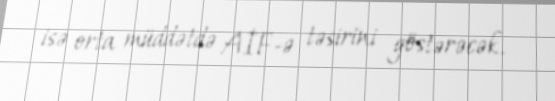
isə orta müddətdə AİF-ə təsirini göstərəcək.